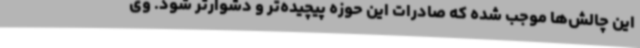
این چالش‌ها موجب شده که صادرات این حوزه پیچیده‌تر و دشوارتر شود. وی